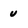
Character: U